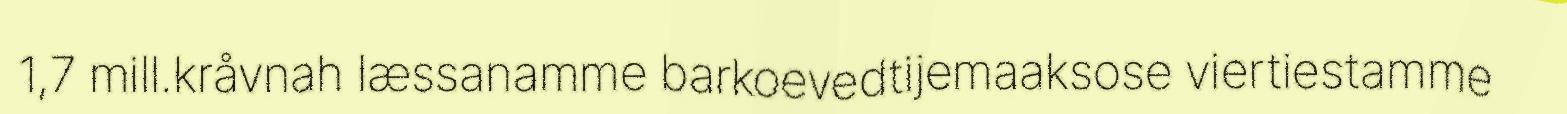
1,7 mill.kråvnah læssanamme barkoevedtijemaaksose viertiestamme